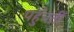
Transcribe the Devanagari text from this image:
पहुँचतीं